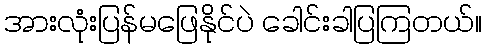
အားလုံးပြန်မဖြေနိုင်ပဲ ခေါင်းခါပြကြတယ်။